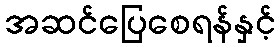
အဆင်ပြေစေရန်နှင့်